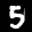
Label: 5